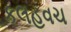
કલહવચ